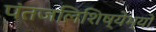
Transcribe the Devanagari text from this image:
पंतजलिशिष्येभ्यो